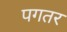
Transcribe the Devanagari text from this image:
पगतर